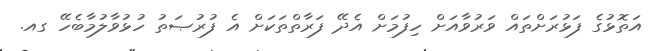
އަތޮޅުގެ ފަޅުރަށްތައް ވަރުވާއަށް ހިފުމަށް އެދޭ ފަރާތްތަކަށް އެ ފުރުޞަތު ހުޅުވާލުމާބެހޭ ގއ.